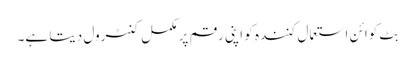
بِٹ کوائن استعمال کنندہ کو اپنی رقم پر مکمل کنٹرول دیتا ہے۔